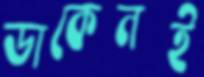
ডাকেনই